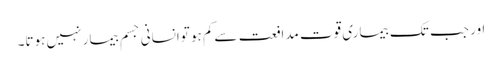
اور جب تک بیماری قوت مدافعت سےکم ہو توانسانی جسم بیمار نہیں ہوتا۔